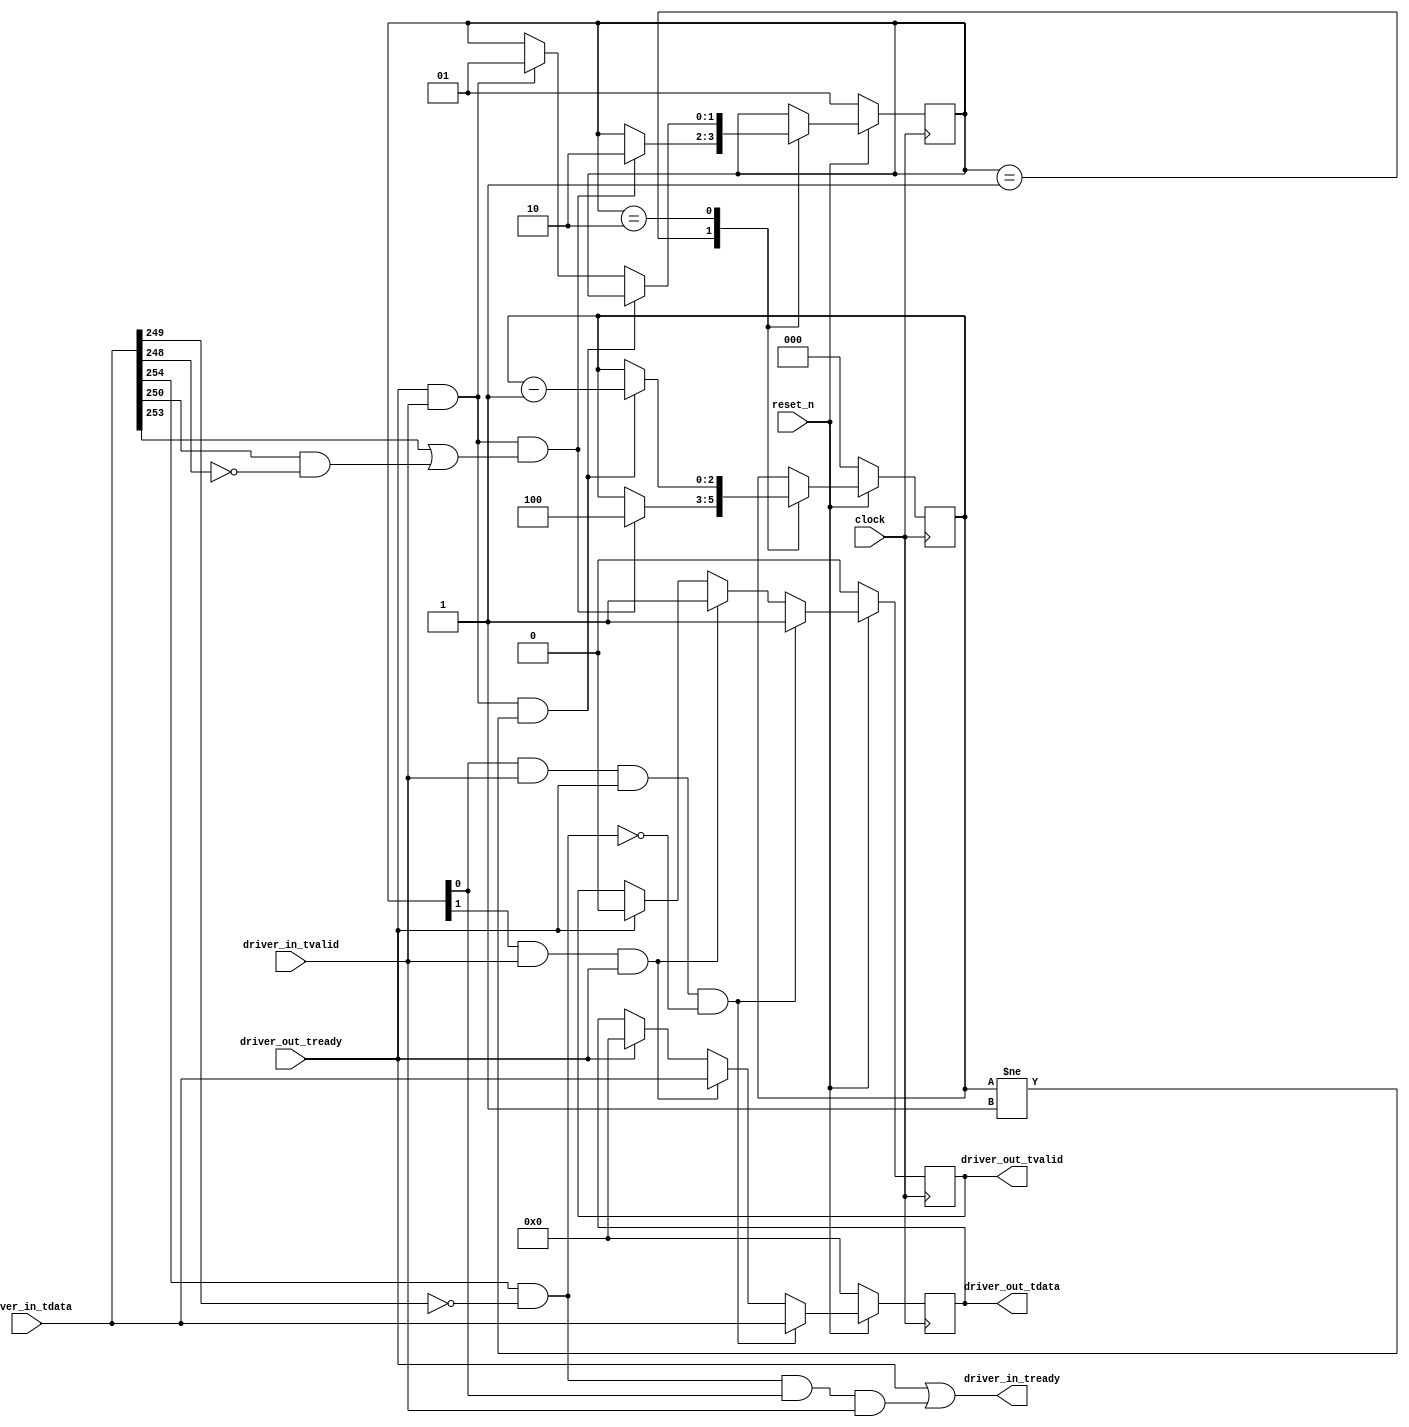
// This program was cloned from: https://github.com/OpenCAPI/ThymesisFlow
// License: Apache License 2.0

// *!***************************************************************************
// *! Copyright 2019 International Business Machines
// *!
// *! Licensed under the Apache License, Version 2.0 (the "License");
// *! you may not use this file except in compliance with the License.
// *! You may obtain a copy of the License at
// *! http://www.apache.org/licenses/LICENSE-2.0 
// *!
// *! The patent license granted to you in Section 3 of the License, as applied
// *! to the "Work," hereby includes implementations of the Work in physical form.  
// *!
// *! Unless required by applicable law or agreed to in writing, the reference design
// *! distributed under the License is distributed on an "AS IS" BASIS,
// *! WITHOUT WARRANTIES OR CONDITIONS OF ANY KIND, either express or implied.
// *! See the License for the specific language governing permissions and
// *! limitations under the License.
// *! 
// *! The background Specification upon which this is based is managed by and available from
// *! the OpenCAPI Consortium.  More information can be found at https://opencapi.org. 
// *!***************************************************************************
// Module designer: Dimitris Syrivelis
// Backup: Christian Pinto, Michele Gazzetti

`timescale 1ns / 10ps
// ==============================================================================================================================
// @@@  Module Declaration
// ==============================================================================================================================

module thymesisflow_llc_ingress_driver (

    input              clock                   // Clock - samples & launches data on rising edge
  , input              reset_n                //  Active Low

  // 32B incoming data Interface
  , input   [255:0]     driver_in_tdata
  , input               driver_in_tvalid
  , output              driver_in_tready

  // 32B AXI-STREAM 
  , output  [255:0]     driver_out_tdata     
  , output              driver_out_tvalid         
  , input               driver_out_tready
);


reg [255:0]  outdata_q;
reg          outdata_vld;
 
assign  driver_out_tdata  = outdata_q; 
assign  driver_out_tvalid = outdata_vld; 



//Encoding of the various flit cases based on OpenCAPI TL/TLx protocol
reg  [1:0] ocapi_sm;

parameter CMDFLIT     = 2'b01;
parameter DATAFLIT    = 2'b10;

wire   is_cmd;
assign is_cmd = ocapi_sm[0];

wire   is_data;
assign is_data = ocapi_sm[1];


wire [1:0] cmd_dl;
assign cmd_dl  = driver_in_tdata[167:166]; //according to the mapping

wire [1:0] resp_dl;
assign resp_dl = driver_in_tdata[227:226];

//Check command types
wire   is_writecmd;
assign is_writecmd = driver_in_tdata[253];

wire   is_readcmd;
assign is_readcmd = driver_in_tdata[252];

wire   is_nopcmd;
assign is_nopcmd  =  ((driver_in_tdata[254] == 1'b1) && (driver_in_tdata[249] == 1'b0));

wire   is_respRok;
assign is_respRok  = ((driver_in_tdata[250] == 1'b1) && (driver_in_tdata[248] == 1'b0));

wire   is_respWok;
assign is_respWok  = ((driver_in_tdata[251] == 1'b1) && (driver_in_tdata[248] == 1'b0));

//we eat up nop cmds here so the other side does not have to be ready to process those. -- this is interfaced to aurora parser so it needs to be always ready
assign driver_in_tready = (driver_out_tready == 1'b1) || ((is_nopcmd == 1'b1) && (is_cmd == 1'b1) && (driver_in_tvalid == 1'b1)); 

reg [2:0] dflit_size;


always @(posedge(clock))
begin
   if (reset_n == 1'b0)
    begin
      dflit_size     <= 3'b0;
      ocapi_sm       <= CMDFLIT;
    end
   else
    case (ocapi_sm) 
       CMDFLIT:                                   
	    begin
              if ((driver_out_tready == 1'b1) && (driver_in_tvalid == 1'b1) &&
                                                ((is_writecmd == 1'b1) || (is_respRok == 1'b1))) //Commands with dataflits
                 begin
                    ocapi_sm    <= DATAFLIT;
                    dflit_size  <= 3'b100;
                 end
            end
       DATAFLIT:                                   
	    begin
              if ((driver_out_tready == 1'b1) && (driver_in_tvalid == 1'b1) && (dflit_size != 3'b001)) //Commands with dataflits
                     dflit_size <= dflit_size - 3'b001;
                 else if ((driver_out_tready == 1'b1) && (driver_in_tvalid == 1'b1))
                     ocapi_sm  <= CMDFLIT; 
            end
    endcase
end    


//Data and command 
always @(posedge(clock))
begin  //this is the first network Rx moduls so make sure only allowed commands get through.
  if (reset_n == 1'b0) 
    begin
       outdata_q   <= 256'b0;
       outdata_vld <= 1'b0;
    end
  else if ((is_cmd == 1'b1) && (driver_in_tvalid == 1'b1) && (driver_out_tready == 1'b1) && (is_nopcmd == 1'b0)) //Cmd flit out
     begin
        outdata_q                 <= driver_in_tdata;
        outdata_vld               <= 1'b1;
     end 
  else if ((is_data == 1'b1) && (driver_in_tvalid == 1'b1) && (driver_out_tready == 1'b1)) //Data flit out
     begin
        outdata_q                 <= driver_in_tdata;
        outdata_vld               <= 1'b1;
     end
  else if (driver_out_tready == 1'b1)
     begin
        outdata_q                 <= 256'b0;
        outdata_vld               <=   1'b0;
     end
end

                            
endmodule